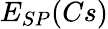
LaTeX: E_{SP}(Cs)